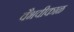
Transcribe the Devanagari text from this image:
वैभवीकाळ